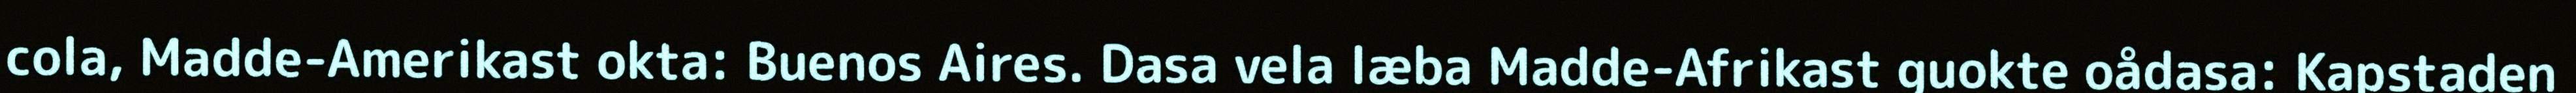
cola, Madde-Amerikast okta: Buenos Aires. Dasa vela læba Madde-Afrikast guokte oådasa: Kapstaden